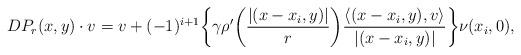
LaTeX: \begin{align*}DP_r(x,y)\cdot v=v+(-1)^{i+1}\bigg\{\gamma\rho'\bigg(\frac{|(x-x_i,y)|}{r}\bigg)\frac{\langle (x-x_i,y),v\rangle}{|(x-x_i,y)|}\bigg\}\nu(x_i,0),\end{align*}